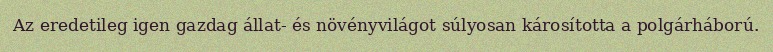
Az eredetileg igen gazdag állat- és növényvilágot súlyosan károsította a polgárháború.